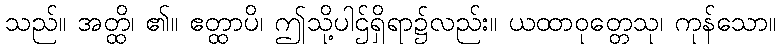
သည်။ အတ္ထိ၊ ၏။ ဧတ္ထာပိ၊ ဤသို့ပါဌ်ရှိရာ၌လည်း။ ယထာဝုတ္တေသု၊ ကုန်သော။